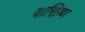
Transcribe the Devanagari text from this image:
वासिडा